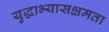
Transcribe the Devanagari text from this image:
युद्धाभ्यासक्षमता